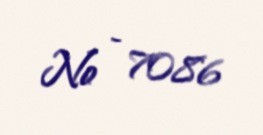
№ - 7086